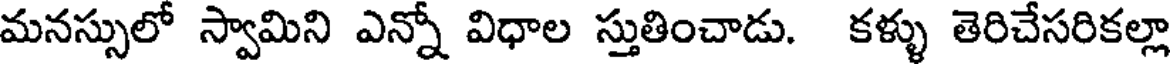
మనస్సులో స్వామిని ఎన్నో విధాల స్తుతించాడు. కళ్ళు తెరిచేసరికల్లా